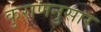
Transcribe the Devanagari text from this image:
कुराणनुसार